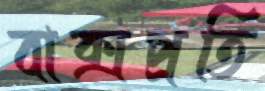
বাক্সপ্রতি